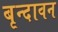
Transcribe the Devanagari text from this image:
बृन्दावन